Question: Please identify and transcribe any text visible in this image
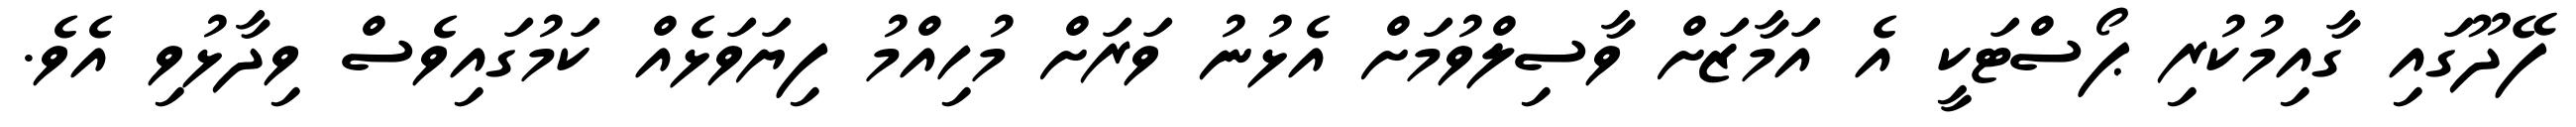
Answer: ފޭދޫގައި ގާއިމުކުރި ޕޯސްޓަކީ އެ އަމާޒަށް ވާސިލްވުމަށް އެޅުނު ވަރަށް މުހިއްމު ފިޔަވަޅެއް ކަމުގައިވެސް ވިދާޅުވި އެވެ.